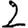
Digit: 2